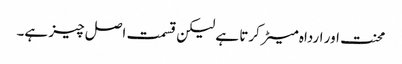
محنت اور ارداہ میٹر کرتا ہے لیکن قسمت اصل چیز ہے۔